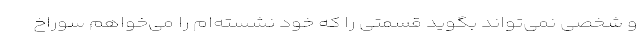
و شخصی نمی‌تواند بگوید قسمتی را که خود نشسته‌ام را می‌خواهم سوراخ